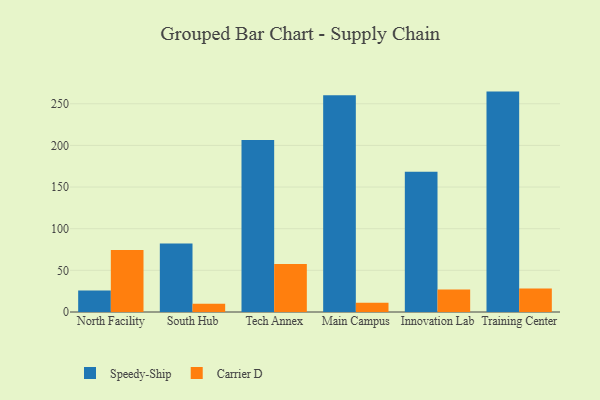
{"axis": {"x": "Campus", "y": "Energy Usage (MWh)"}, "legend": ["Carrier D", "Speedy-Ship"], "data": [{"x": "North Facility", "y": 25.9, "type": "Speedy-Ship"}, {"x": "North Facility", "y": 74.4, "type": "Carrier D"}, {"x": "South Hub", "y": 82.2, "type": "Speedy-Ship"}, {"x": "South Hub", "y": 10.0, "type": "Carrier D"}, {"x": "Tech Annex", "y": 206.5, "type": "Speedy-Ship"}, {"x": "Tech Annex", "y": 57.6, "type": "Carrier D"}, {"x": "Main Campus", "y": 260.3, "type": "Speedy-Ship"}, {"x": "Main Campus", "y": 11.1, "type": "Carrier D"}, {"x": "Innovation Lab", "y": 168.5, "type": "Speedy-Ship"}, {"x": "Innovation Lab", "y": 26.9, "type": "Carrier D"}, {"x": "Training Center", "y": 264.6, "type": "Speedy-Ship"}, {"x": "Training Center", "y": 28.2, "type": "Carrier D"}]}